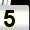
Digit: 5